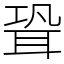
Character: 聓